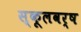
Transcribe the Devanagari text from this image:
स्कूलवर्ष